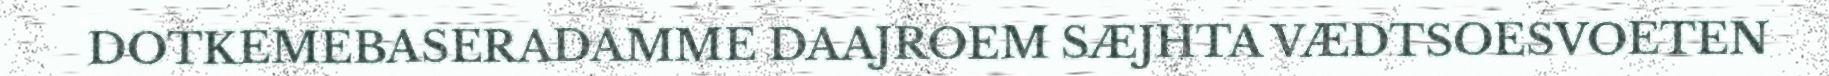
DOTKEMEBASERADAMME DAAJROEM SÆJHTA VÆDTSOESVOETEN